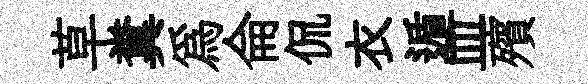
草糞爲侖侃衣遁皿殯